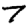
Digit: 7